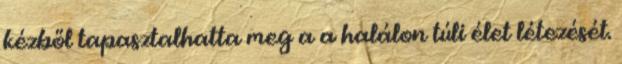
kézből tapasztalhatta meg a a halálon túli élet létezését.